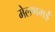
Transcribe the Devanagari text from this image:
मेलणमई